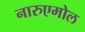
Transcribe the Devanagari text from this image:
नारुएमोल